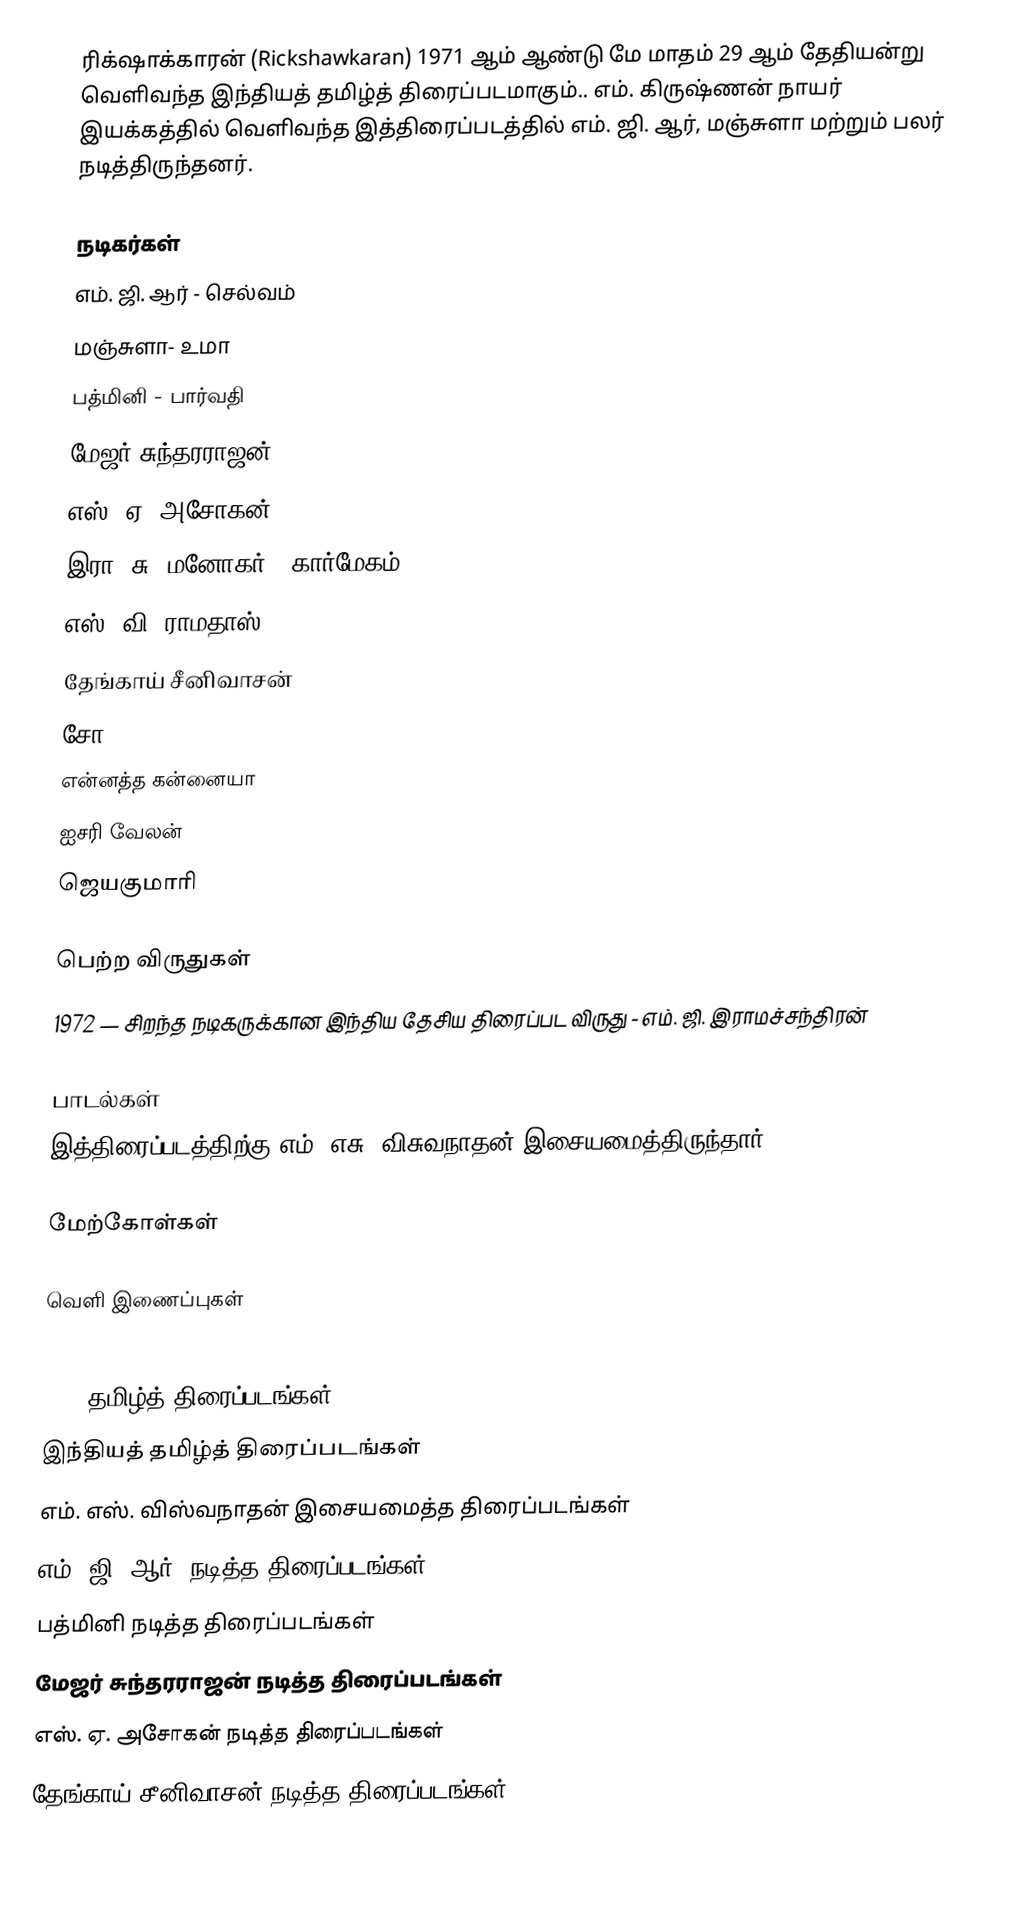
ரிக்‌ஷாக்காரன் (Rickshawkaran) 1971 ஆம் ஆண்டு மே மாதம் 29 ஆம் தேதியன்று வெளிவந்த இந்தியத் தமிழ்த் திரைப்படமாகும்.. எம். கிருஷ்ணன் நாயர் இயக்கத்தில் வெளிவந்த இத்திரைப்படத்தில் எம். ஜி. ஆர், மஞ்சுளா மற்றும் பலர் நடித்திருந்தனர்.

நடிகர்கள்
 எம். ஜி. ஆர் - செல்வம்
 மஞ்சுளா- உமா
 பத்மினி - பார்வதி
 மேஜர் சுந்தரராஜன்
 எஸ். ஏ. அசோகன்
 இரா. சு. மனோகர் - கார்மேகம்
 எஸ். வி. ராமதாஸ்
 தேங்காய் சீனிவாசன்
 சோ
 என்னத்த கன்னையா
 ஐசரி வேலன்
 ஜெயகுமாரி

பெற்ற விருதுகள்
 1972 — சிறந்த நடிகருக்கான இந்திய தேசிய திரைப்பட விருது - எம். ஜி. இராமச்சந்திரன்

பாடல்கள்
இத்திரைப்படத்திற்கு எம். எசு. விசுவநாதன் இசையமைத்திருந்தார்.

மேற்கோள்கள்

வெளி இணைப்புகள்

1971 தமிழ்த் திரைப்படங்கள்
இந்தியத் தமிழ்த் திரைப்படங்கள்
எம். எஸ். விஸ்வநாதன் இசையமைத்த திரைப்படங்கள்
எம். ஜி. ஆர். நடித்த திரைப்படங்கள்
பத்மினி நடித்த திரைப்படங்கள்
மேஜர் சுந்தரராஜன் நடித்த திரைப்படங்கள்
எஸ். ஏ. அசோகன் நடித்த திரைப்படங்கள்
தேங்காய் சீனிவாசன் நடித்த திரைப்படங்கள்